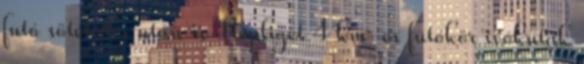
futó sötétedés után is Népliget 4 km-es futókör ivókutak